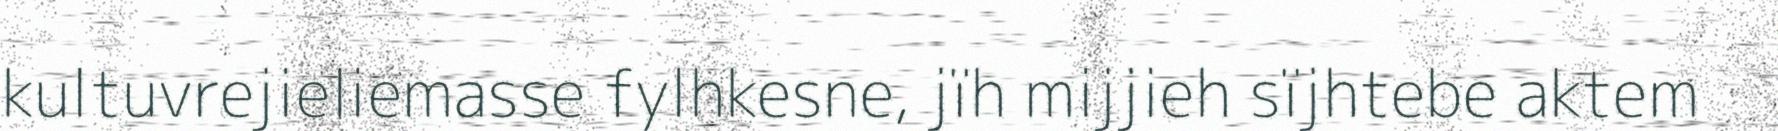
kultuvrejieliemasse fylhkesne, jïh mijjieh sïjhtebe aktem